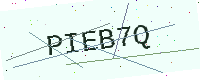
Text: PIEB7Q